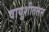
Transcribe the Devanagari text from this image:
वायुशीतलन